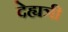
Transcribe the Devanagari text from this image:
देह्यत्री